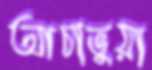
আচাভুয়া